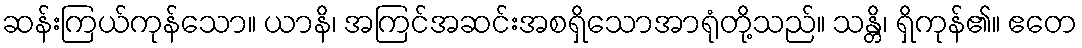
ဆန်းကြယ်ကုန်သော။ ယာနိ၊ အကြင်အဆင်းအစရှိသောအာရုံတို့သည်။ သန္တိ၊ ရှိကုန်၏။ ဧတေ